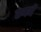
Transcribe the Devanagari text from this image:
ठनमें